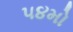
૫૪મો